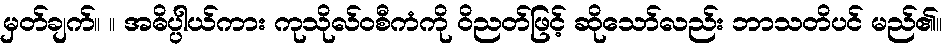
မှတ်ချက်။ ။ အဓိပ္ပါယ်ကား ကုသိုလ်ဝစီကံကို ဝိညတ်ဖြင့် ဆိုသော်လည်း ဘာသတိပင် မည်၏။